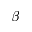
\beta